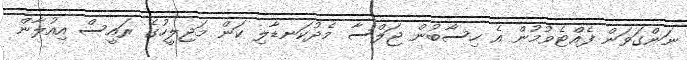
ނަންގަވަން ފެއްޓެވުމުން އެ ހިސާބުން ޖަލްސާ މެދުކަނޑާލި ކަން މަޖިލީހުގެ ރައީސް އިއުލާން